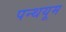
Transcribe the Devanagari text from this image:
पन्थयूम